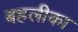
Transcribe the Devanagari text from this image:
बहलीका